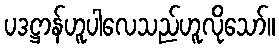
ပဒဋ္ဌာန်ဟူပါလေသည်ဟူလိုသော်။